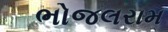
ભોજલરામ